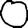
Digit: 0